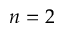
n = 2